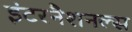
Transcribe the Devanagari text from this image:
इंटरनैशनल्स